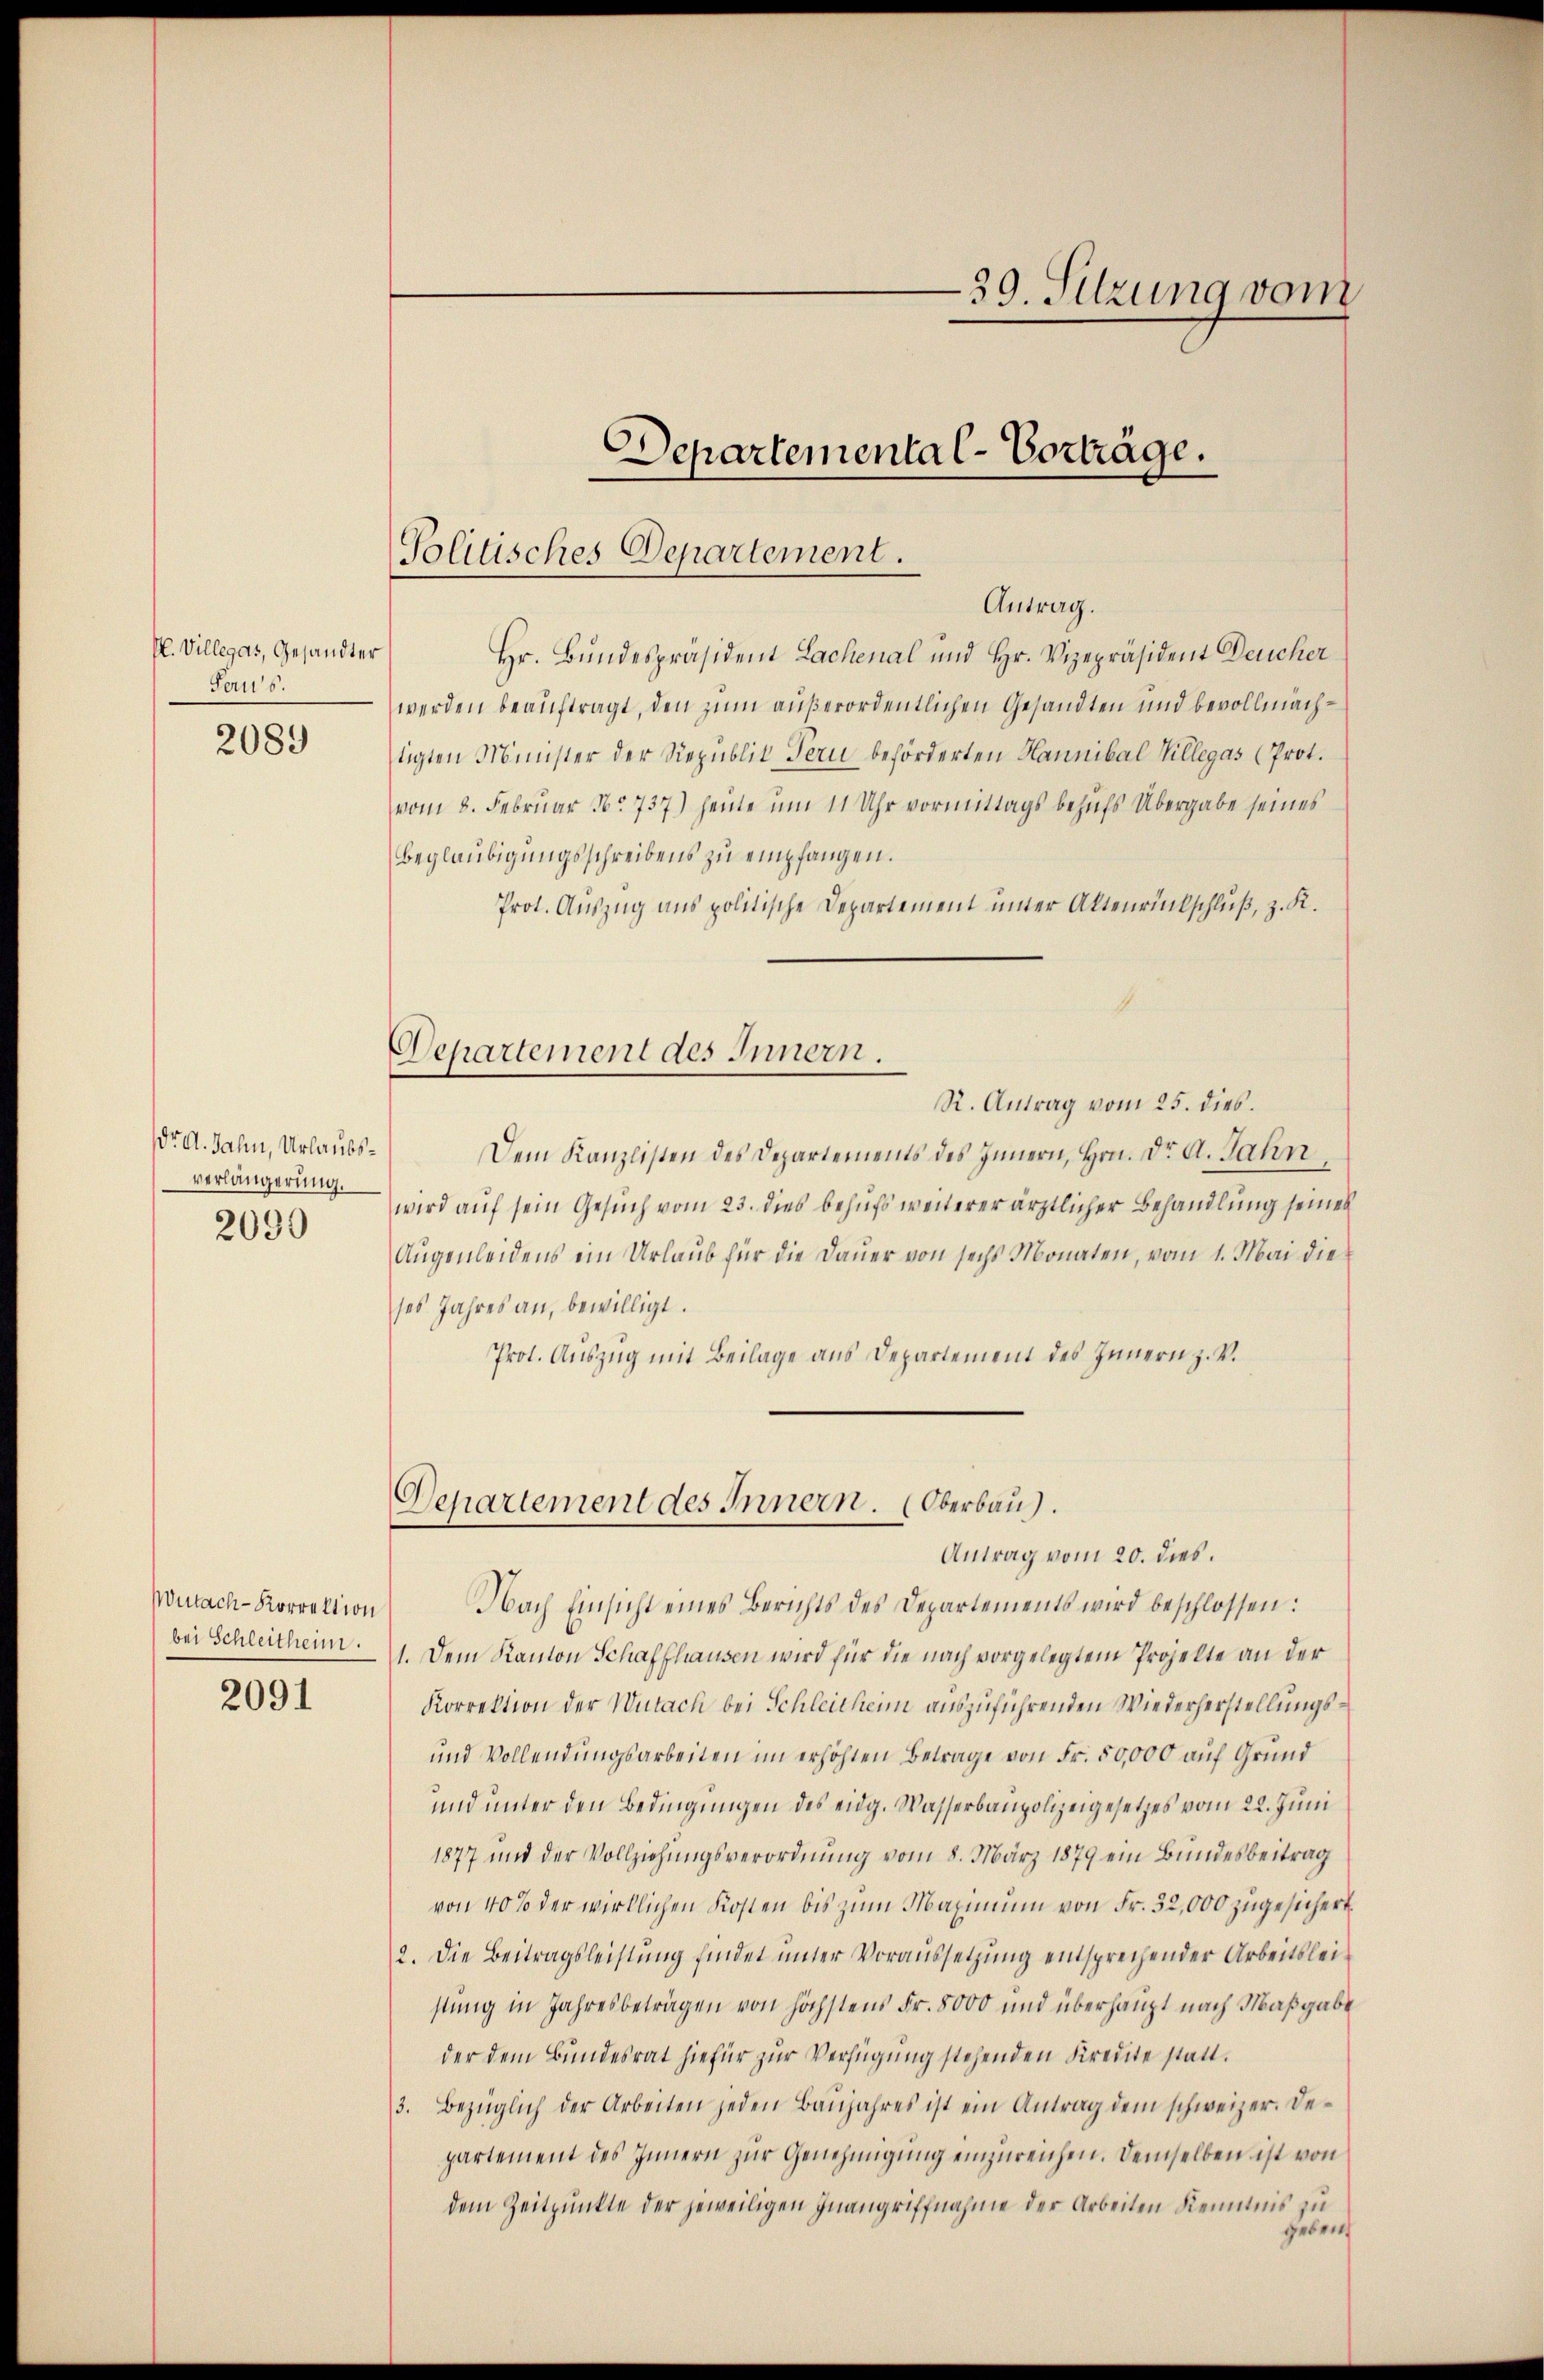
H. Villegas, Gesandter
Paus.

2089

Dr A. Jahn, Urlaubsverlängerung.
2090

Wutach-Korrektion
bei Schleitheim.

2091

Politisches Departement.

Hr. Bundespräsident Lachenal und Hr. Vizepräsident Deucher
werden beauftragt, den zum außerordentlichen Gesandten und bevollmachtigten Minister der Republit Fern beförderten Hannibal Villegas (Prot.
vom 8. Februar No. 737.) Heine um 11 Uhr vormittags behufs Übergabe seines
Beglaubigungsschreibens zu empfangen.
Prot. Auszug aus politische Departement unter Aktenrückschluß, z. K.
Departement des Innern.
R. Antrag vom 25. dies.
Dem Kanzlisten des Departements des Innern, Hrn. Dr. A. Jahn
wird auf sein Gesuch vom 23. dies behufs weiterer ärztlicher Behandlung seines
Augenleidens ein Urlaub für die Dauer von sechs Monaten, vom 1. Mai die
ses Jahres an, bewilligt.
Prot. Auszug mit Beilage aus Departement des Innern z. V.

39. Sitzung vom

Departemental-Vorträge.

Antrag.

Nach Einsicht eines Berichts des Departements wird beschlossen:
1. Dem Kanton Schaffhausen wird für die nach vorgelegtem Projekte an der
Korrektion der Wutach bei Schleithenn auszuführenden Wiederherstellungs¬
und Vollendungsarbeiten im erhöhten Betrage von Fr. 50,000 auf Grund
und unter den Bedingungen des eidg. Wasserbaupolizeigesetzes vom 22. Juni
1877 und der Vollziehungsverordnung vom 8. März 1879 ein Bundesbeitrag
von 40% der wirklichen Kosten bis zum Maximum von Fr. 32,000 zugesichert.
2. Die Beitragsleistung findet unter Voraussetzung entsprechender Arbeitsleistung in Jahresbeträgen von höchstens Fr. 5000 und überhaupt nach Maßgabe
der dem Bundesrat hiefür zur Verfügung stehenden Kredite statt¬
3. Bezüglich der Arbeiten jeden Baŭjahres ist ein Antrag dem schweizer. De-
partement des Innern zŭr Genehmigŭng einzŭreichen. Demselben ist von
dem Zeitpunkte der jeweiligen Inangriffnahme der Arbeiten Kenntnis zu
geben

Departement des Innern. (Oberbau
Antrag vom 20. dies.